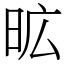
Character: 昿